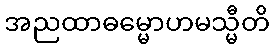
အညထာဓမ္မောဟမသ္မီတိ